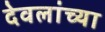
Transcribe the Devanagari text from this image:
देवलांच्या